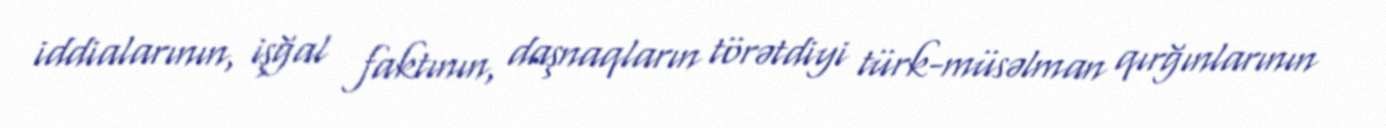
iddialarının, işğal faktının, daşnaqların törətdiyi türk-müsəlman qırğınlarının